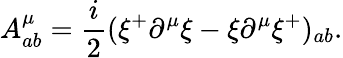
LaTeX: A_{ab}^{\mu}=\frac{i}{2}(\xi^{+}\partial^{\mu}\xi-\xi\partial^{\mu}\xi^{+})_{ab}.